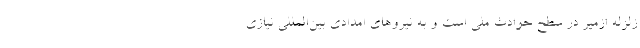
زلزله ازمیر در سطح حوادث ملی است و به نیروهای امدادی بین‌المللی نیازی